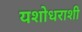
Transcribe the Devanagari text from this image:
यशोधराशी